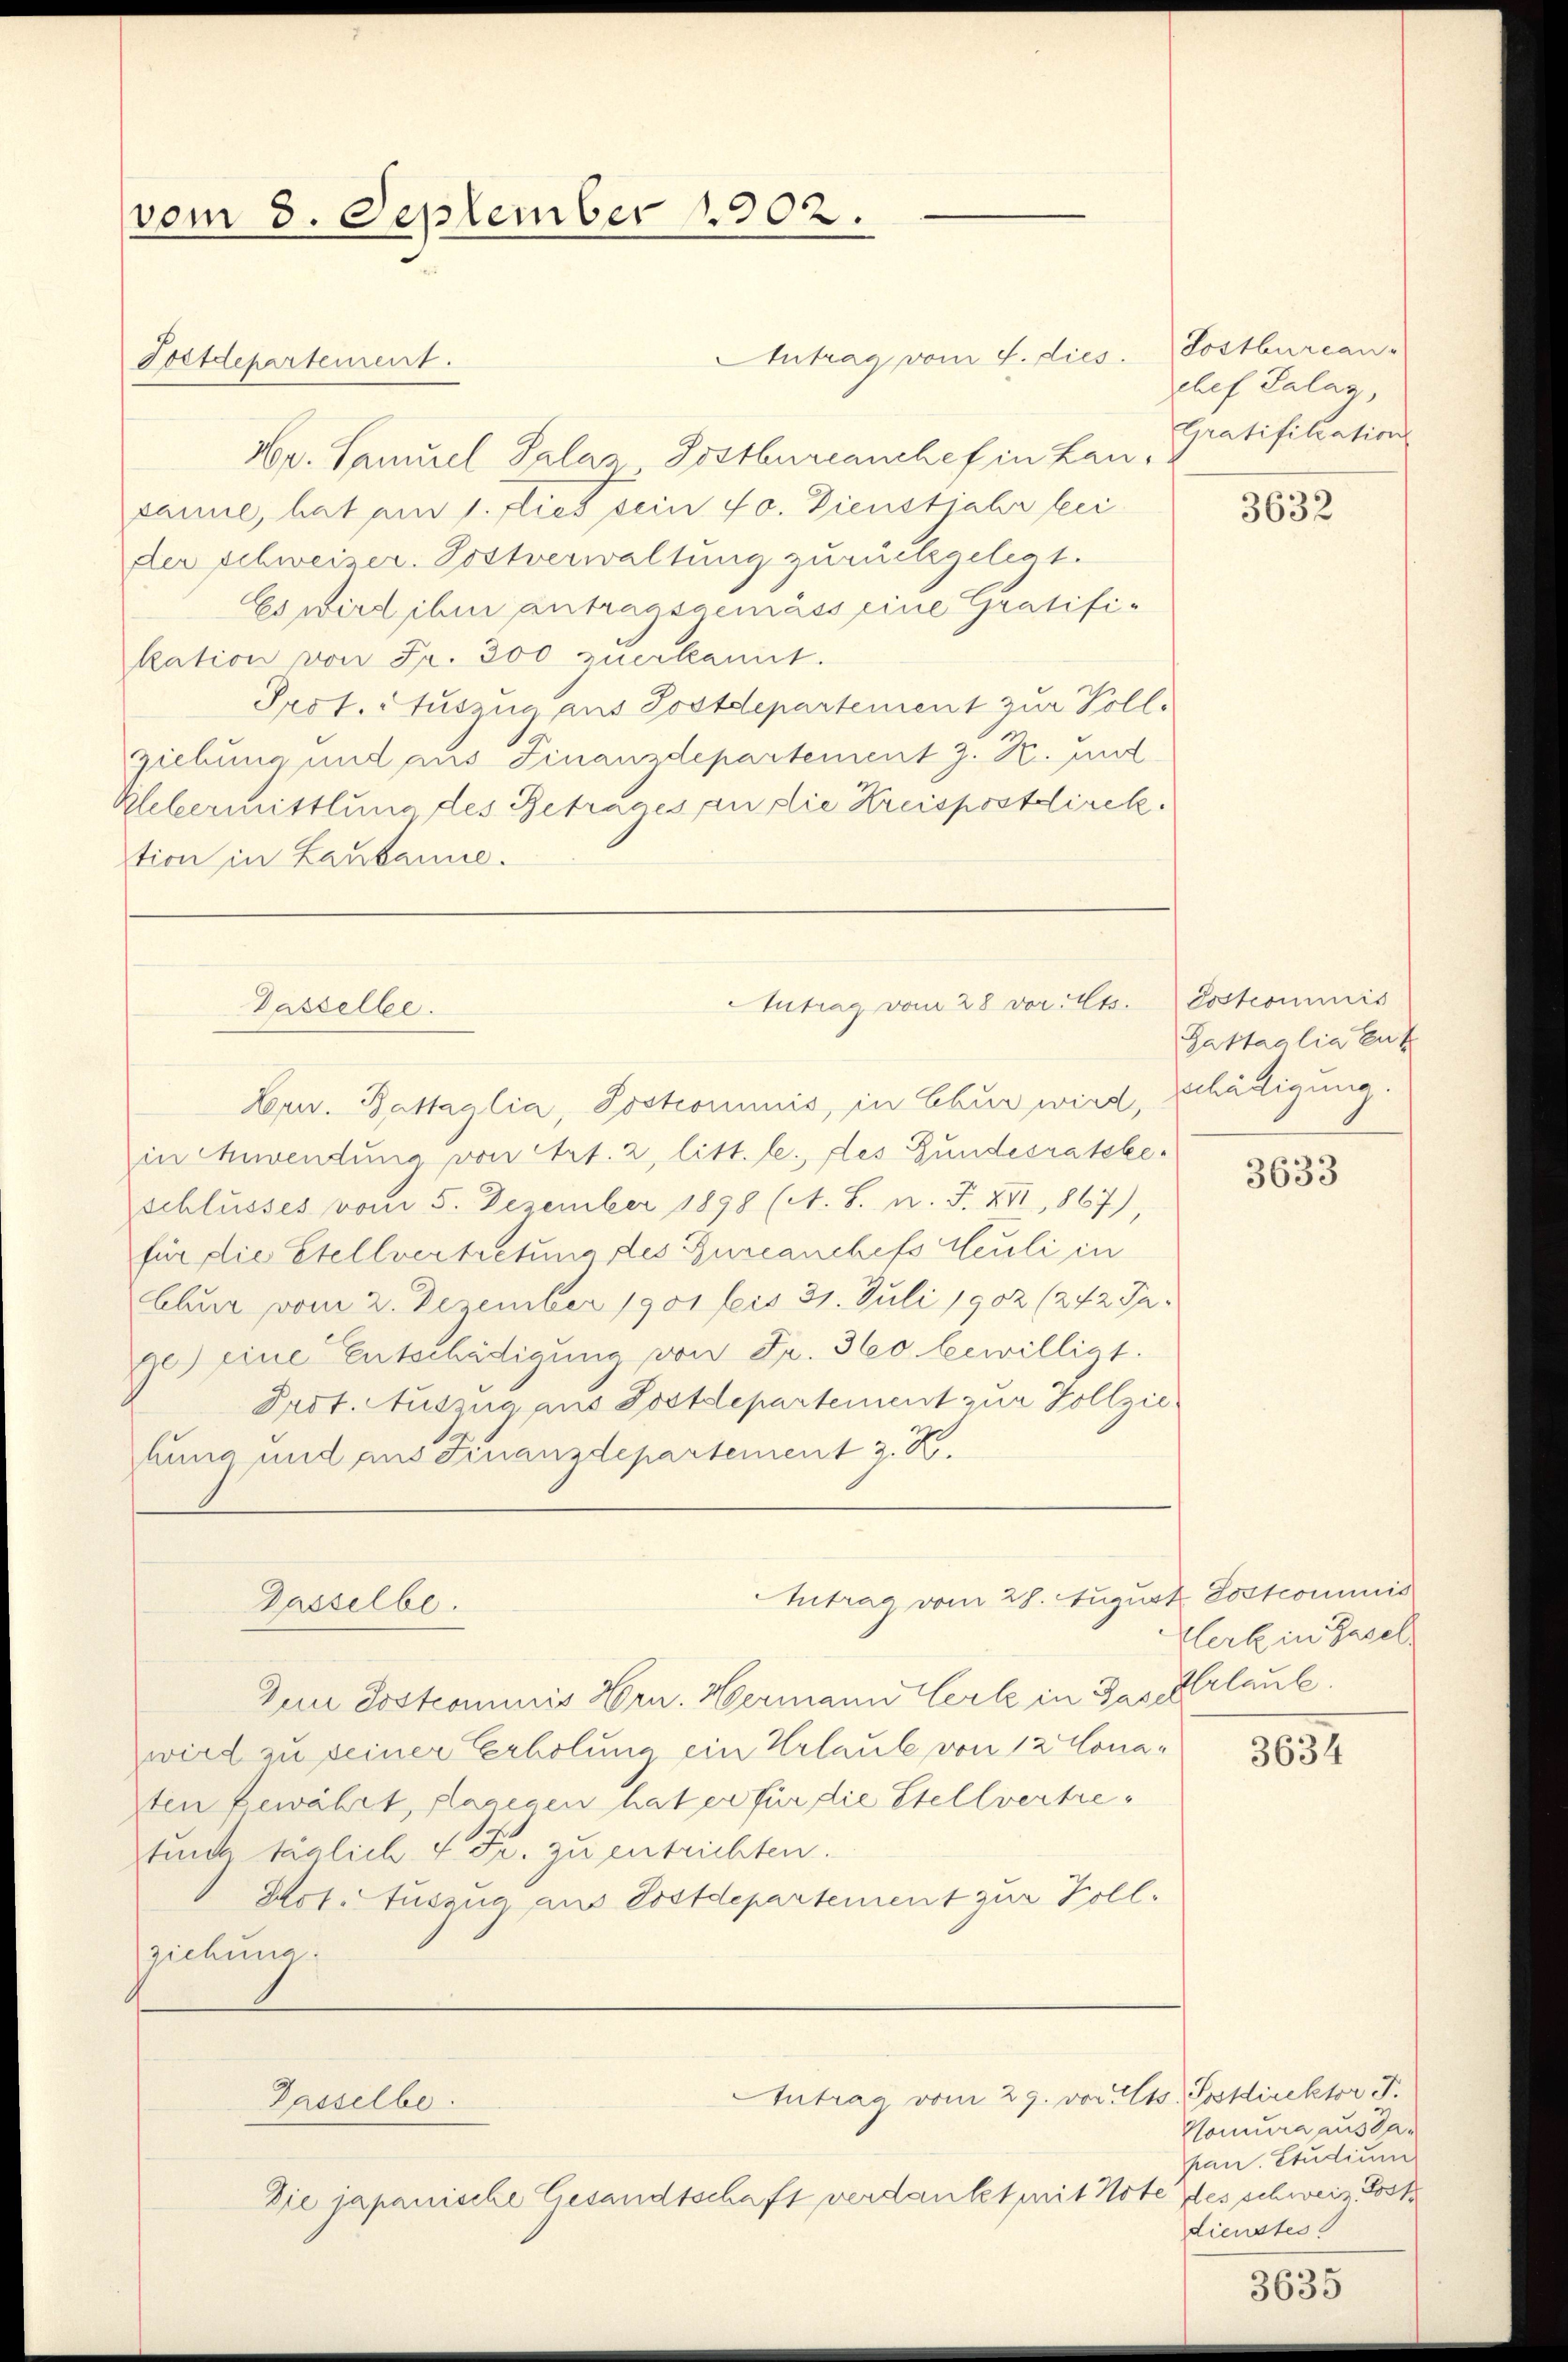
(vom 8. September 1902.

Postdepartement.

Antrag vom 4. dies
Hr. Samuel Salar Postbureanchef in Lausanne, hat am 1. Dies sein 40. Dienstjahr bei
der Schweizer. Postverwaltung zurückgelegt.
Es wird ihm antragsgemäss eine Gratifikation von Fr. 300 zuerkannt.
Prot. Auszug aus Postdepartement zur Voll-
Ziebung und aus Finanzdepartement z. B. mit
Uebermittlung des Betrages an die Kreispostdirek
tion in Lausanne.
Leper. Battaglia, Postrommnis, in Chur wird,
in Anwendung von Art. 2, litt. l., des Gundesratsbe-
schlusses vom 5. Dezember 1898 (A. S. n. F. XVI, 867),
für die Stellvertretung des Burcanchefs Heuli in
Chur vom 2. Dezember 1901 bis 31. Juli 1902 (242 Ja-
ge) eine Entschädigung von Fr. 360 bewilligt.
Pact. Auszug aus Postdepartement zur Vollziehung und aus Finanzdepartement z. R.
Antrag vom 28. August Postcommis
Dasselbe.
Zur Postcommis Hrn. Hermann Verle in das Urlaube.
wird zu seiner Erholung ein Urlaube von 12 Lonasten bewährt, dagegen hat er für die Stellvertretunks täglich 4 Fr. zu entrichten.
Hot. Auszug aus Postdepartement zur Kollziehung.
Antrag vom 29. vor. Mts. Postdirektor F.
Gasselbe.
Die japanische Gesandtschaft verdankt mit Note des schweiz. Post

Dasselbe.

Antrag vom 28 vor. Mts. Postcommis

Lostburcan-
chef Palag,
Gratifiliation

3632

Gattaalia ent
schädigung.

3633

Herl in Basel

3634

Nomura aus dapan. Studium
dienstes

3635